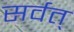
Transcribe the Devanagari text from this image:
सर्वत्